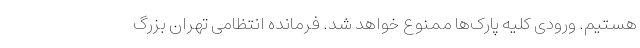
هستیم. ورودی کلیه پارک‌ها ممنوع خواهد شد. فرمانده انتظامی تهران بزرگ